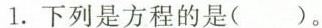
1.下列是方程的是()。